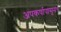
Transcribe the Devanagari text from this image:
अपकर्षापासूनच